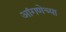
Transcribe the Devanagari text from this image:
आंगणेच्या